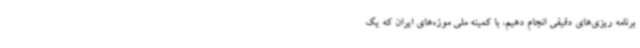
برنامه ریزی‌های دقیقی انجام دهیم، با کمیته ملی موزه‌های ایران که یک